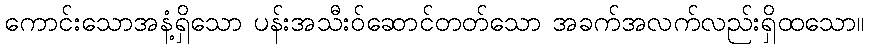
ကောင်းသောအနံ့ရှိသော ပန်းအသီးဝ်ဆောင်တတ်သော အခက်အလက်လည်းရှိထသော။